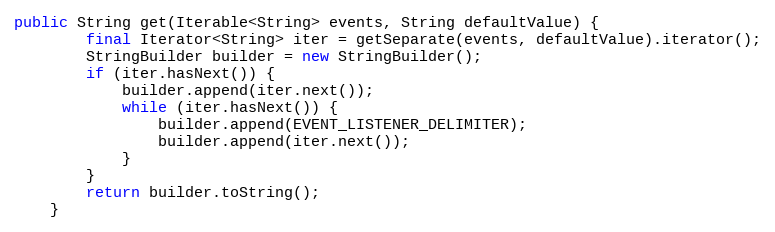
Language: Java
public String get(Iterable<String> events, String defaultValue) {
        final Iterator<String> iter = getSeparate(events, defaultValue).iterator();
        StringBuilder builder = new StringBuilder();
        if (iter.hasNext()) {
            builder.append(iter.next());
            while (iter.hasNext()) {
                builder.append(EVENT_LISTENER_DELIMITER);
                builder.append(iter.next());
            }
        }
        return builder.toString();
    }